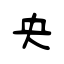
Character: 央